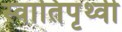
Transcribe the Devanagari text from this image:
स्वातिपृथ्वी